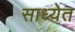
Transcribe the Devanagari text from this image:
साध्येत